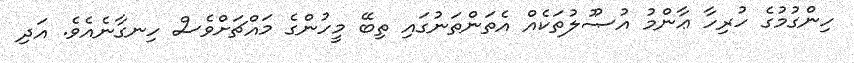
ހިންގުމުގެ ހުރިހާ ޢާންމު އުޞޫލުތަކެއް އެތަންތަނުގައި ތިބޭ މީހުންގެ މައްޗަށްވެސް ހިނގާނެއެވެ. އަދި